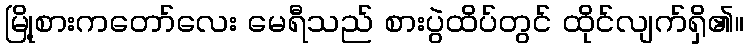
မြို့စားကတော်လေး မေရီသည် စားပွဲထိပ်တွင် ထိုင်လျက်ရှိ၏။